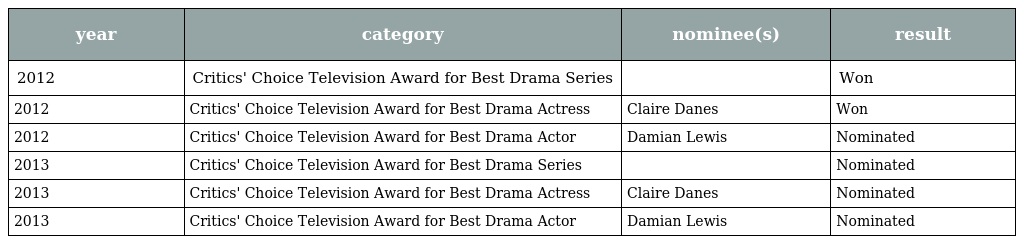
| year | category | nominee(s) | result |
 | --- | --- | --- | --- |
 | 2012 | Critics' Choice Television Award for Best Drama Series |  | Won |
 | 2012 | Critics' Choice Television Award for Best Drama Actress | Claire Danes | Won |
 | 2012 | Critics' Choice Television Award for Best Drama Actor | Damian Lewis | Nominated |
 | 2013 | Critics' Choice Television Award for Best Drama Series |  | Nominated |
 | 2013 | Critics' Choice Television Award for Best Drama Actress | Claire Danes | Nominated |
 | 2013 | Critics' Choice Television Award for Best Drama Actor | Damian Lewis | Nominated |